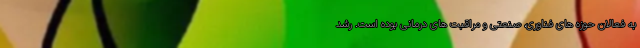
به فعالان حوزه های فناوری، صنعتی و مراقبت های درمانی بوده است. رشد